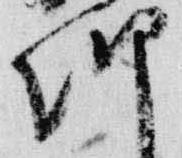
朝